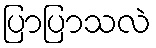
ပြာပြာသလဲ